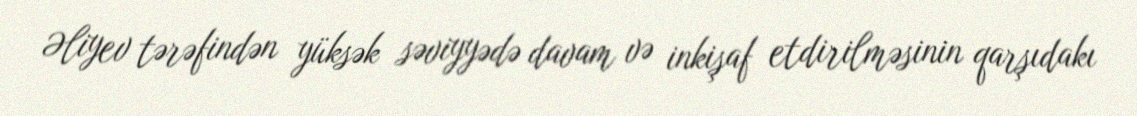
Əliyev tərəfindən yüksək səviyyədə davam və inkişaf etdirilməsinin qarşıdakı